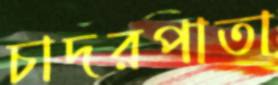
চাদরপাতা